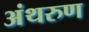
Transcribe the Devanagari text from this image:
अंथरुण